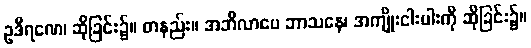
ဥဒီရဏေ၊ ဆိုခြင်း၌။ တနည်း။ အဘိလာပေ ဘာသနေ၊ အကျိုးငါးပါးကို ဆိုခြင်း၌။